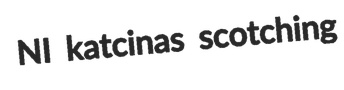
NI katcinas scotching